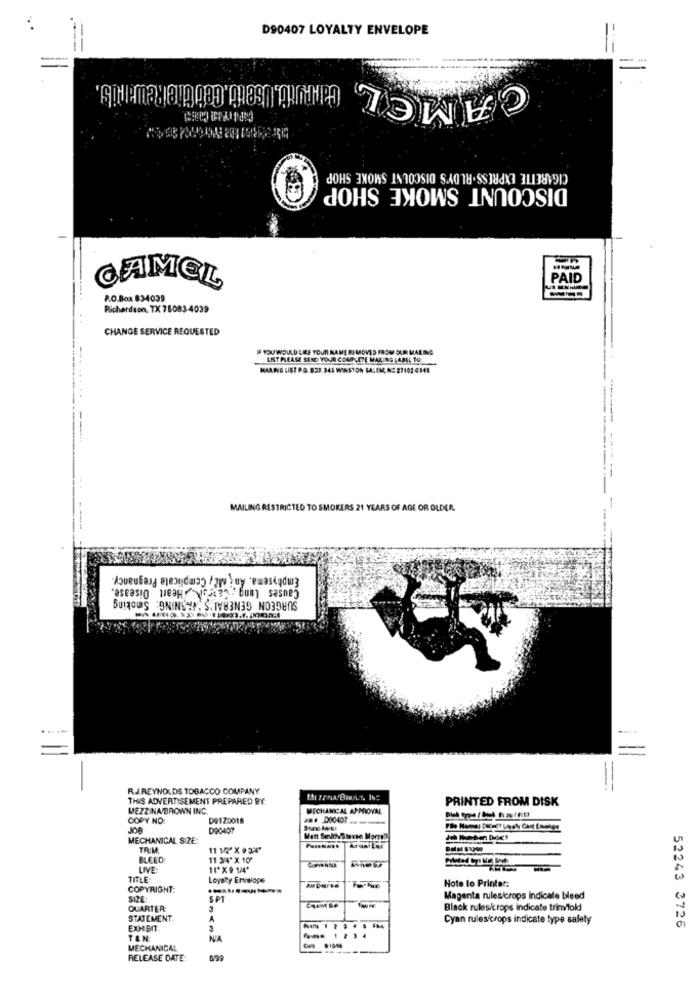
D90407 LOYALTY ENVELOPE
CAMEL
CIGARETTE EXPRESS.RUDY'S DISCOUNT SMOKE SHOP
DISCOUNT SMOKE SHOP
PAID
---
CAMEL
P.O.Box 834039
Richardson, TX 75083-4039
CHANGE SERVICE REQUESTED
YOU WOULD LIKE YOUR NAME REMOVED FROM OUR MALING
LIST PLEASE SEND YOUR COMPLETE MAILING LABEL 10:
MAANIG LIST P.O. 833. 345 WINSTON SALEM, N: 27102 0345
------
MAILING RESTRICTED TO SMOKERS 21 YEARS OF AGE OR OLDER
Emphysema, Anj eč, Complicate Pregnancy
Causes Lung . CaireM. Heart Disease.
SURGEON GENERAL'S , IRONING: Smoking
R.J.REYNOLDS TOBACCO COMPANY
THIS ADVERTISEMENT PREPARED BY:
PRINTED FROM DISK
MEZZINA BROWN INC.
MECHANICAL APPROVAL
COPY NO:
DOTZ0018
D90407
MECHANICAL SIZE:
Matt SmithySievie Morrel
TRM
11 12'X 93%"
BLEED
11 34" X 10"
LIVE:
11" X 9 1/4"
TITLE
Loyalty Envelope
COPYRIGHT:
Hote lo Printer:
SIE
Magenta rules/crops Indicate bleed
QUARTER:
Black rules/krops indicate trim/fold
STATEMENT,
Cyan rules/crops indicate type safety
EXHIBIT.
52243 3726
TEN
NIA
MECHANICAL
RELEASE DATE: